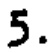
5